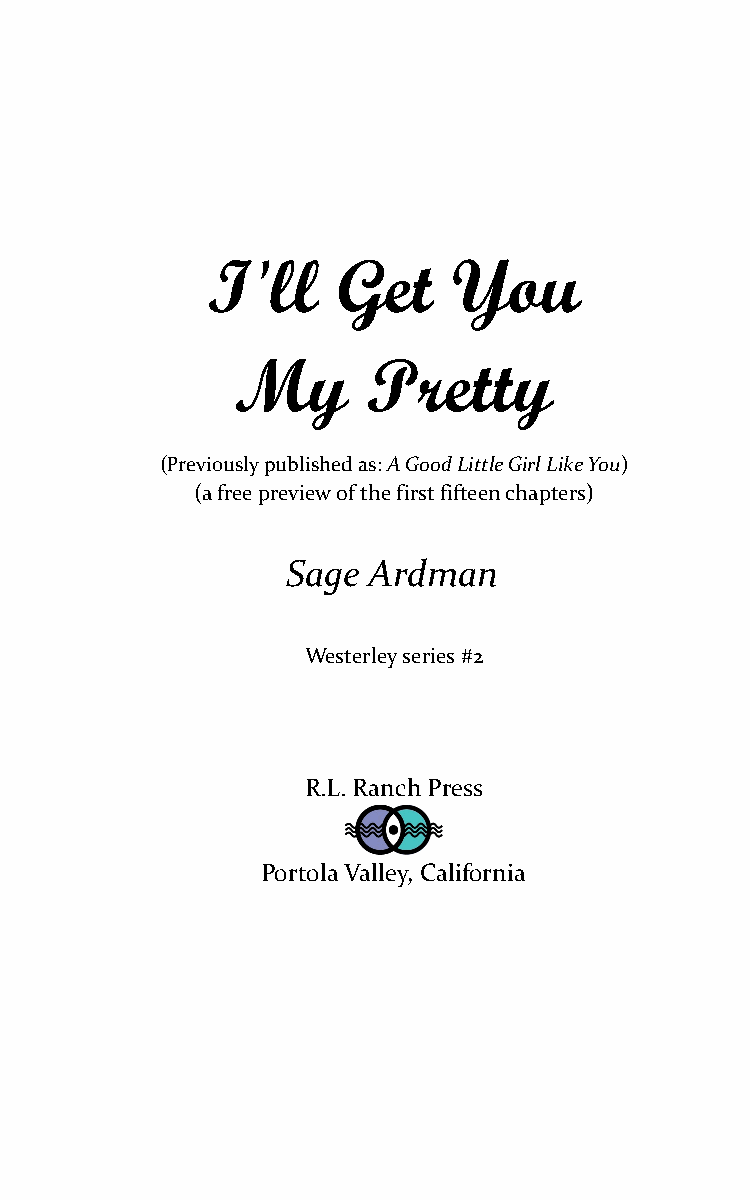
I'll    Get     You
 My      Pretty
 (Previously published as: A Good Little Girl Like You)
 (a free preview of the first fifteen chapters)
 Sage Ardman
 Westerley series #2
 R.L. Ranch Press
 Portola Valley, California